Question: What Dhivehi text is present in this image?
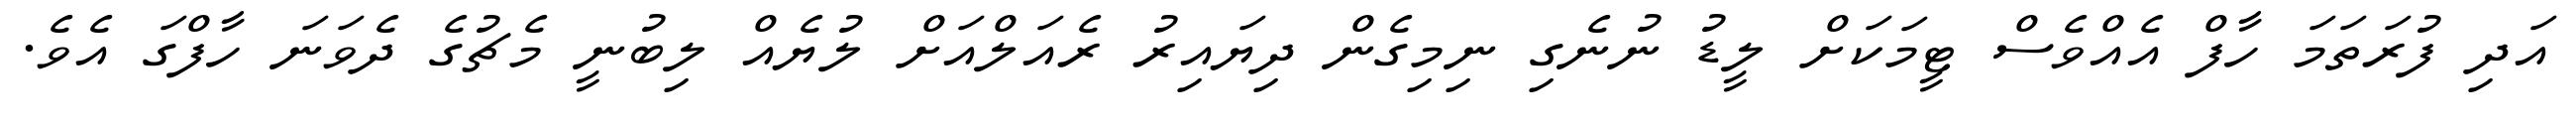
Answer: އަދި ފުރަތަމަ ހާފް އެއްވެސް ޓީމަކަށް ލީޑު ނުނެގި ނިމިގެން ދިޔައިރު ރެއަލްއަށް ލުޔެއް ލިބުނީ މެޗުގެ ދެވަނަ ހާފްގަ އެވެ.